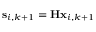
\mathbf { s } _ { i , k + 1 } = \mathbf { H } \mathbf { x } _ { i , k + 1 }